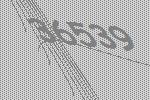
36539